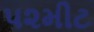
પ૨મીટ